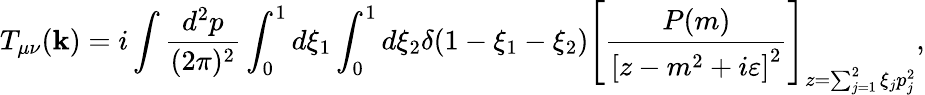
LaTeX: T_{\mu\nu}(\mathbf{k})=i\int\frac{{d^{2}p}}{{(2\pi)^{2}}}\int_{0}^{1}d\xi_{1}\int_{0}^{1}d\xi_{2}\delta(1-\xi_{1}-\xi_{2})\left[\frac{{P(m)}}{{\left[z-m^{2}+i\varepsilon\right]^{2}}}\right]_{z=\sum_{j=1}^{2}\xi_{j}p_{j}^{2}},